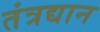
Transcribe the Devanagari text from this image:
तंत्रद्यान